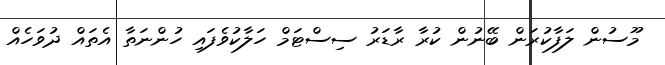
މޫސުން ލަފާކުރަން ބޭނުން ކުރާ ރާޑަރު ސިސްޓަމް ހަލާކުވެފައި ހުންނަތާ އެތައް ދުވަހެއް